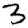
Digit: 3